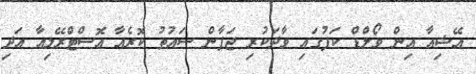
އޭޝިއާ އިން ވޯލްޑް ކަޕުގައި ވާދަކުރި ޖަޕާން ސައުތު ކޮރެއާ އޮސްޓްރޭލިއާ އަދި